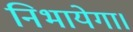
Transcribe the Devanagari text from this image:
निभायेगा।